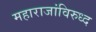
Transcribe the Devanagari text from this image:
महाराजांविरुध्द